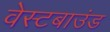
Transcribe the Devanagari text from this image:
वेस्टबाउंड